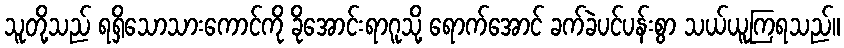
သူတို့သည် ရရှိသောသားကောင်ကို ခိုအောင်းရာဂူသို့ ရောက်အောင် ခက်ခဲပင်ပန်းစွာ သယ်ယူကြရသည်။